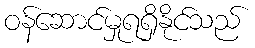
ဝန်ဆောင်မှုရရှိနိုင်သည်